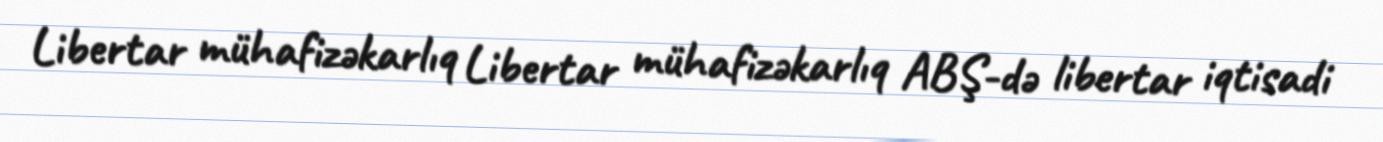
Libertar mühafizəkarlıq Libertar mühafizəkarlıq ABŞ-də libertar iqtisadi